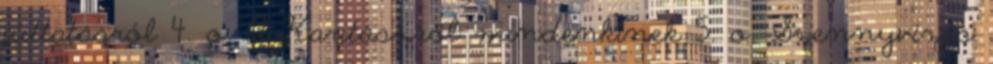
juttatásról 4. o. A Karitászról mindenkinek 5. o. Szennyvizes